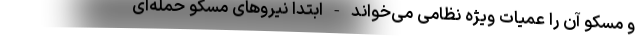
و مسکو آن را عمیات ویژه نظامی می‌خواند - ابتدا نیروهای مسکو حمله‌ای